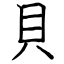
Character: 貝